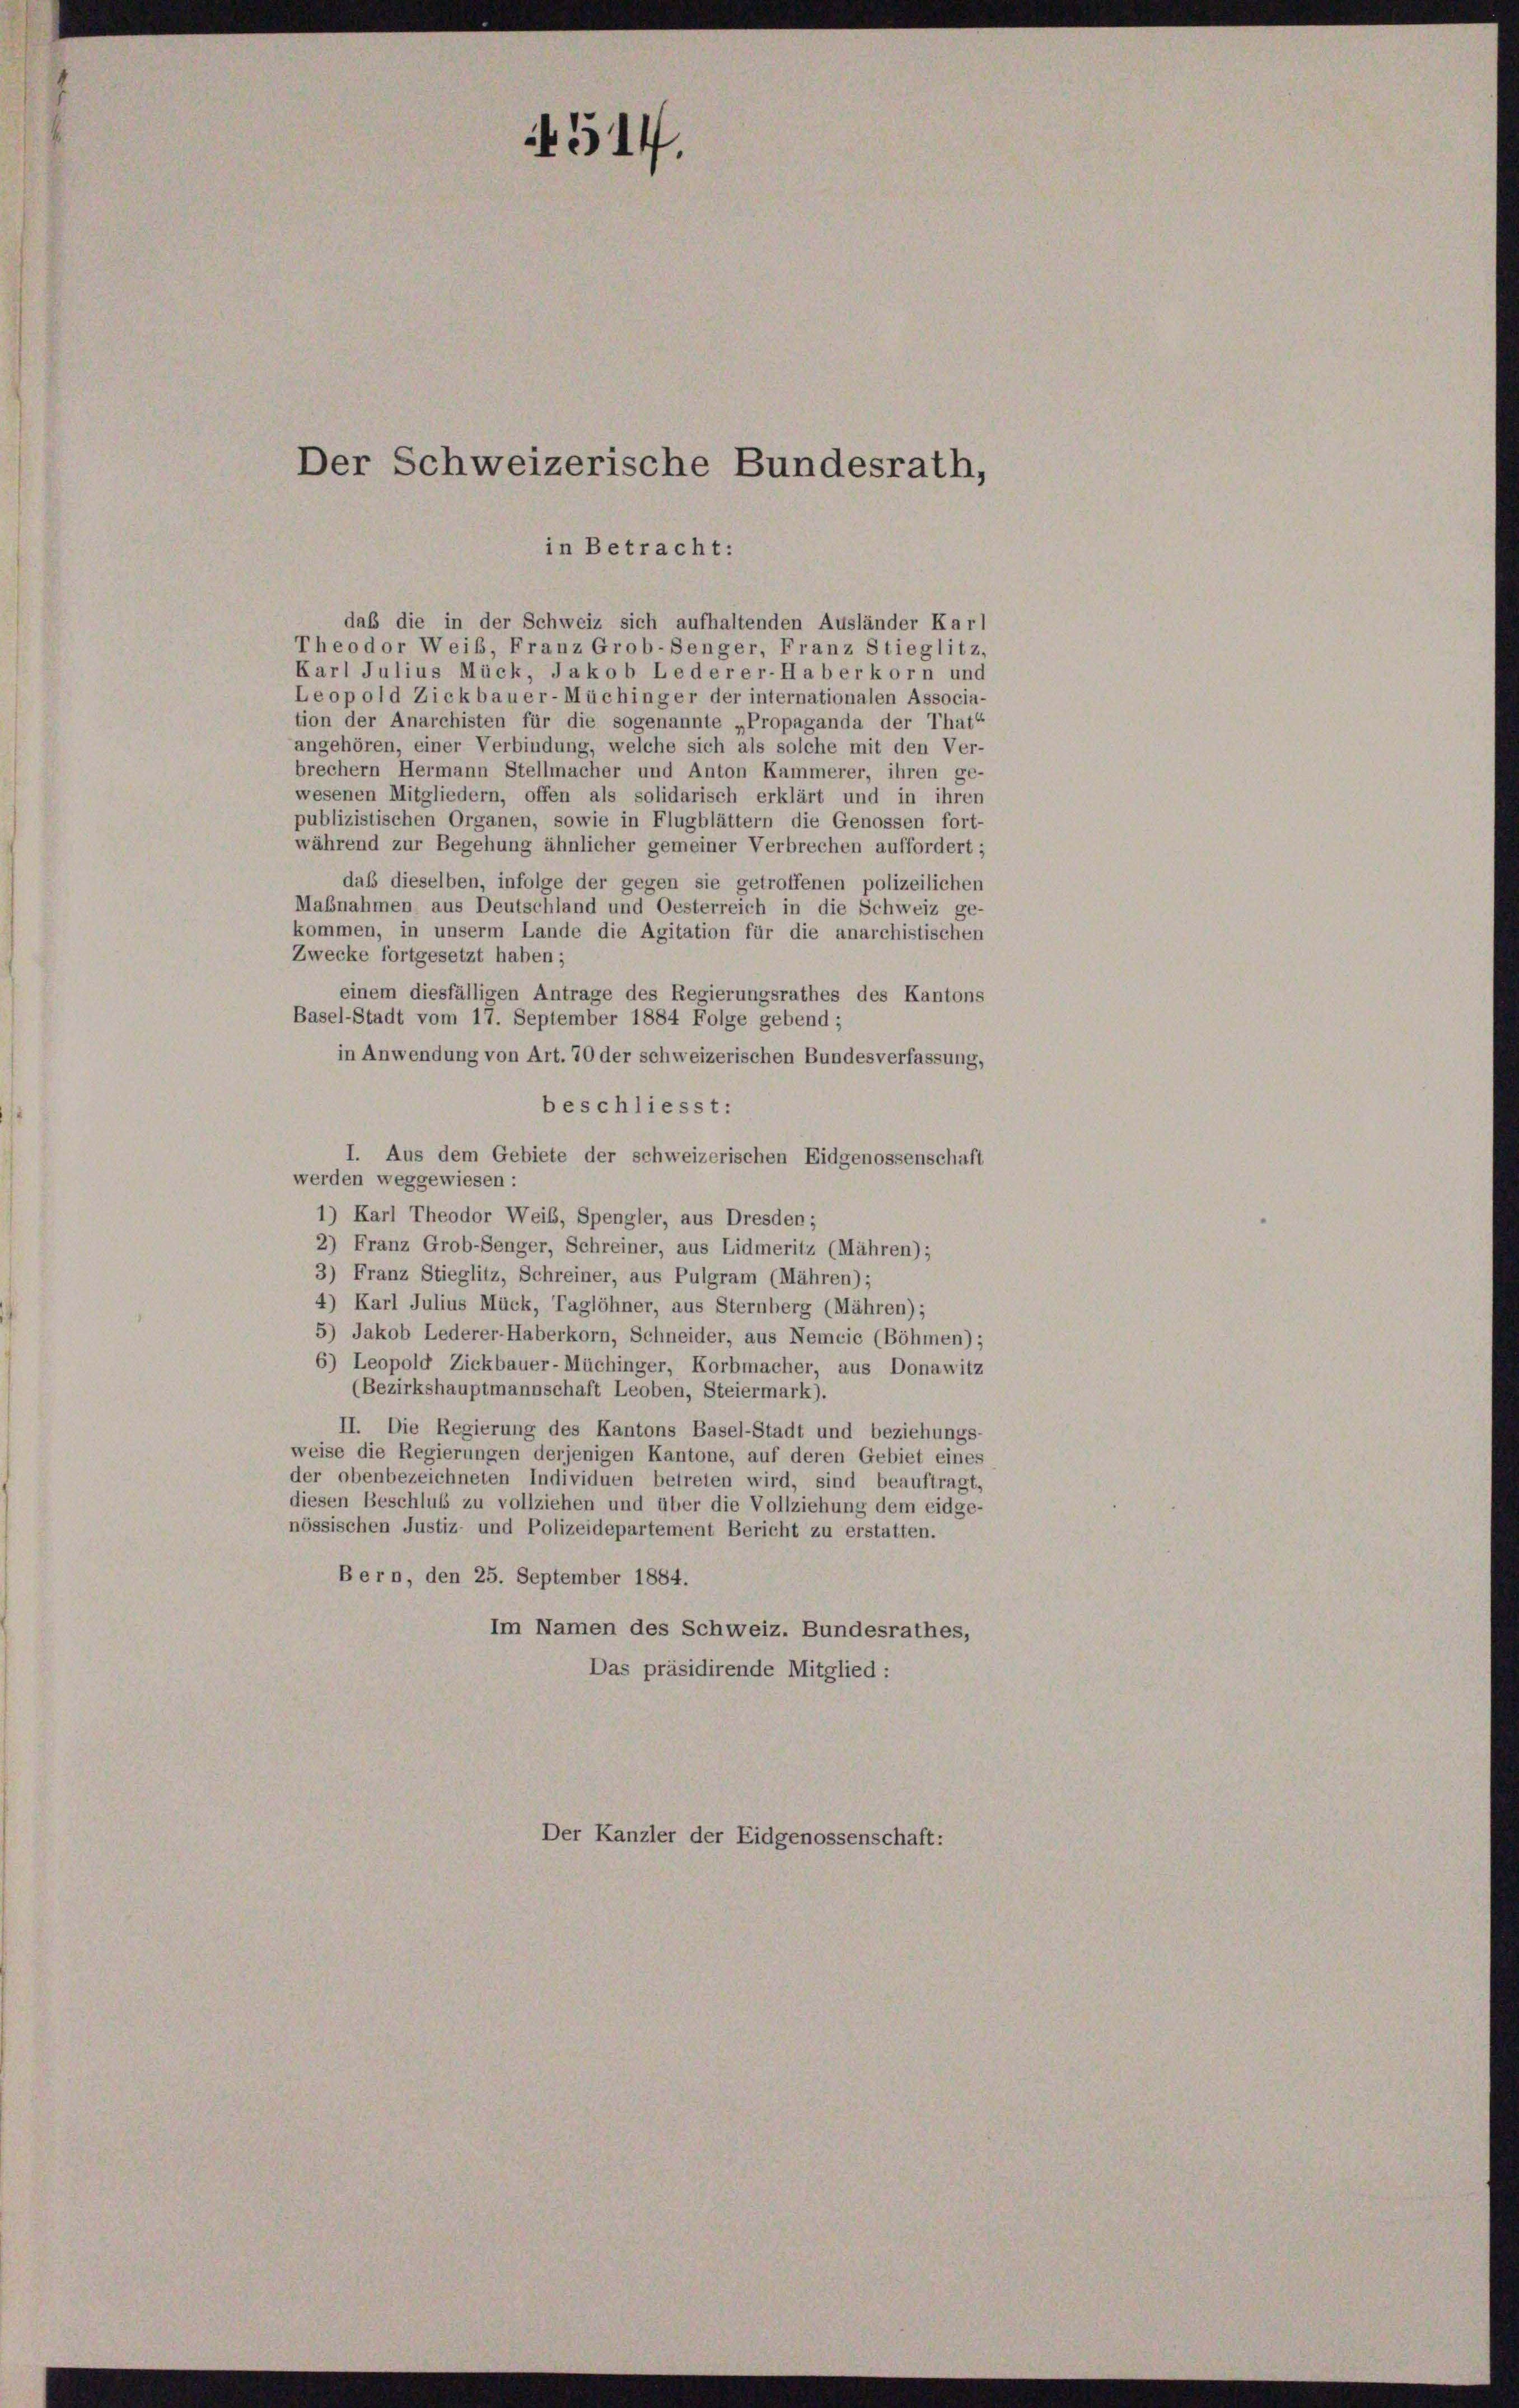
4514.

Der Schweizerische Bundesrath,

in Betracht:

daß die in der Schweiz sich aufhaltenden Ausländer Karl
Theodor Weib, Franz Grob-Senger, Franz Stieglitz,
Karl Julius Mück, Jakob Lederer-Haber korn und
Leopold Zickbauer-Müchinger der internationalen Associa-
tion der Anarchisten für die sogenannte „Propaganda der That“
angehören, einer Verbindung, welche sich als solche mit den Ver-
brechern Hermann Stellmacher und Anton Kammerer, ihren ge-
wesenen Mitgliedern, offen als solidarisch erklärt und in ihren
publizistischen Organen, sowie in Flugblättern die Genossen fort-
während zur Begehung ähnlicher gemeiner Verbrechen auffordert;
daß dieselben, infolge der gegen sie getroffenen polizeilichen
Mabnahmen aus Deutschland und Oesterreich in die Schweiz ge-
kommen, in unserm Lande die Agitation für die anarchistischen
Zwecke fortgesetzt haben;
einem diesfälligen Antrage des Regierungsrathes des Kantons
Basel-Stadt vom 17. September 1884 Folge gebend;
in Anwendung von Art. 70 der schweizerischen Bundesverfassung,
beschliesst:
I. Aus dem Gebiete der schweizerischen Eidgenossenschaft
werden weggewiesen :
1) Karl Theodor Weib, Spengler, aus Dresden;
2) Franz Grob-Senger, Schreiner, aus Lidmeritz (Mähren);
3) Franz Stieglitz, Schreiner, aus Pulgram (Mähren);
4) Karl Julius Mück, Taglöhner, aus Sternberg (Mähren);
5) Jakob Lederer-Haberkorn, Schneider, aus Nemcic (Böhmen);
6) Leopold Zickbauer-Müchinger, Korbmacher, aus Donawitz
(Bezirkshauptmannschaft Leoben, Steiermark).
II. Die Regierung des Kantons Basel-Stadt und beziehungs-
weise die Regierungen derjenigen Kantone, auf deren Gebiet eines
der obenbezeichneten Individuen betreten wird, sind beauftragt,
diesen Beschluss zu vollziehen und über die Vollziehung dem eidge-
nössischen Justiz- und Polizeidepartement Bericht zu erstatten.
Bern, den 25. September 1884.
Im Namen des Schweiz. Bundesrathes,
Das präsidirende Mitglied:
Der Kanzler der Eidgenossenschaft: